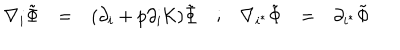
\begin{array} { c c c c c c c } { { \nabla _ { i } \tilde { \Phi } } } & { { = } } & { { ( \partial _ { i } + p \partial _ { i } { \cal K } ) \tilde { \Phi } } } & { { ; } } & { { \nabla _ { i ^ { * } } \tilde { \Phi } } } & { { = } } & { { \partial _ { i ^ { * } } \tilde { \Phi } } } \\ \end{array}